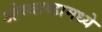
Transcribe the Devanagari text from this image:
ओस्त्राव्हामध्ये